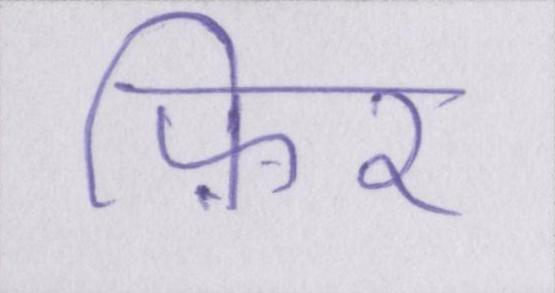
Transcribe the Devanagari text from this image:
फ़िर